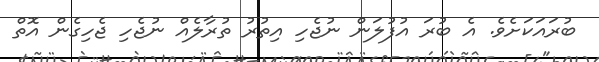
ބުރައަކަށެވެ. އެ ބުރަ އުފުލަން ނުޖެހި އިތުރު ތުރާލެއް ނުޖެހި ޖެހިގެން އޮތް